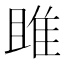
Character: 雎